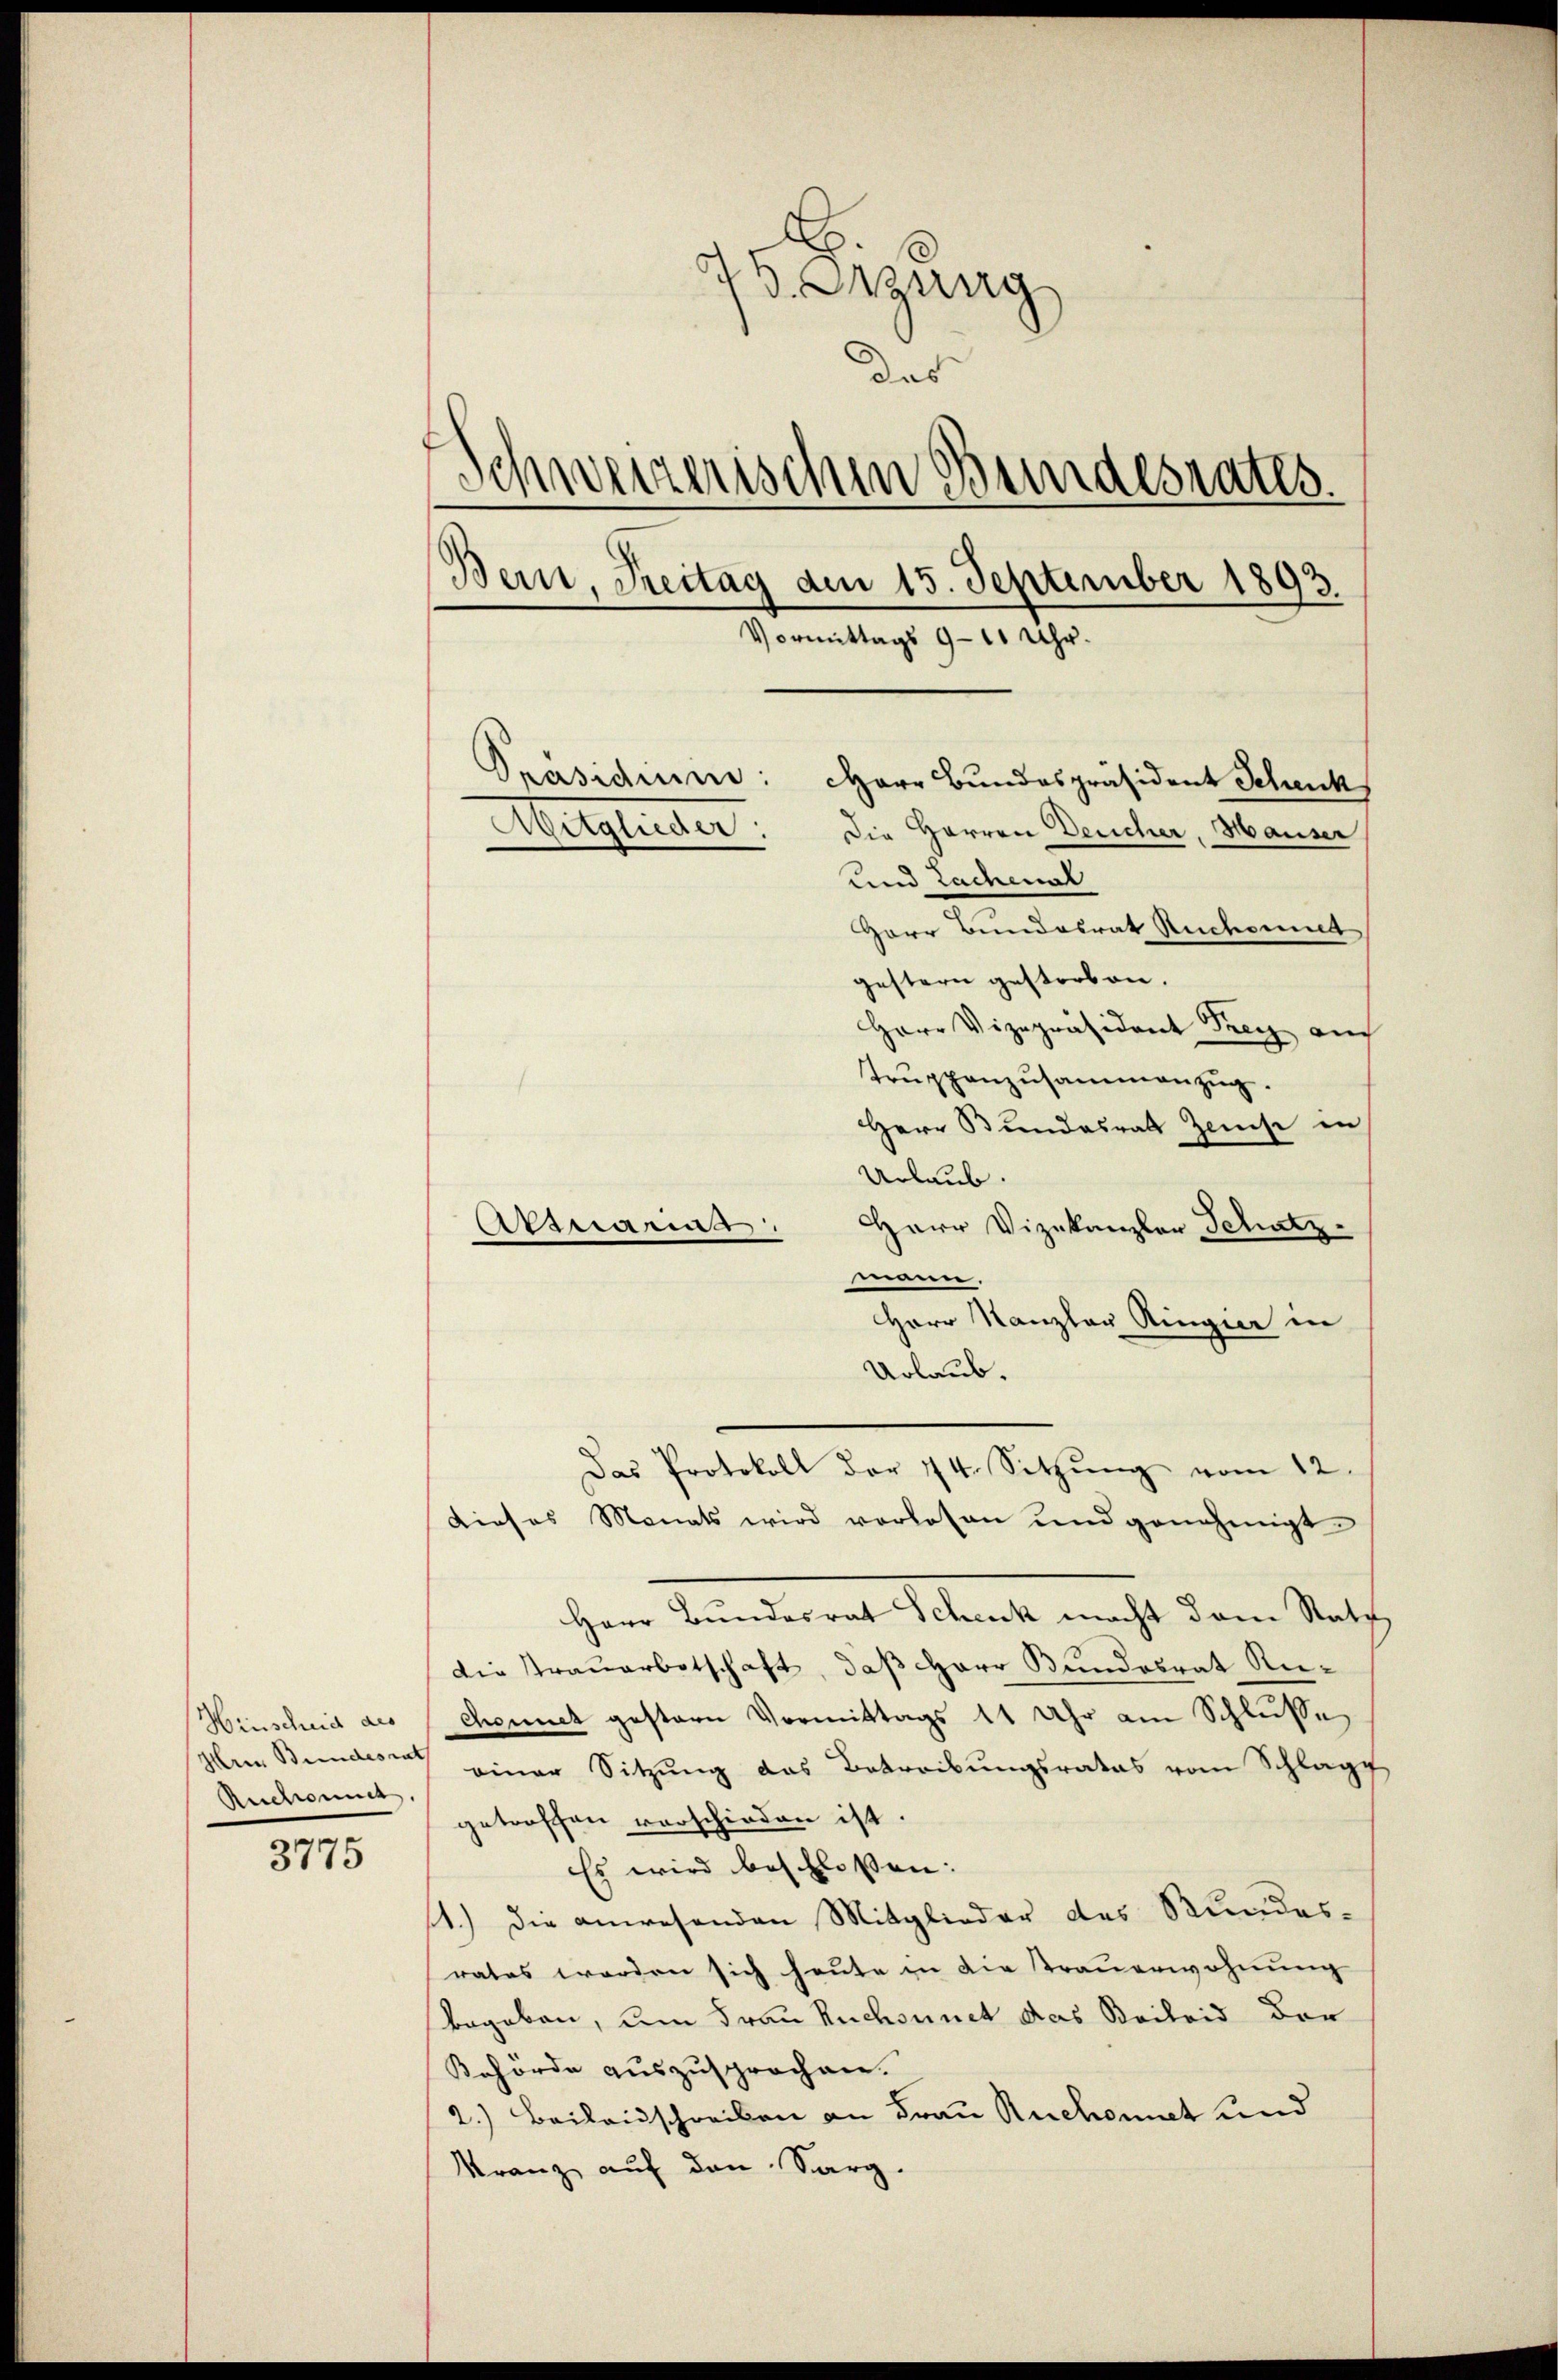
Hinscheid des
Ruchowit

3775

76. Errung
das
Schweizerischen Bundesrates.
Bern, Treitag am 15. September 1893.
Vormittags 9-10 Uhr.
Präsidium: HHerr Bundespräsident Schenk
etgleiter
Die Herren Deucher, Hauser

und Lachenal
Herr Bundesrat Ruchound
gestern gestorben.
Herr Vizepräsident Frey auch
Trŭppenzusammenzug.
Herr Bundesrath Zeiche in
Urlaub.
Herr Vizekanzler Schatz-
Atmanns
mann.
Herr Kanzler Ringier in
Urlaub.
Das Protokoll der 44. Sitzŭng vom 12.
dieses Monats wird vorlesen und genehmigt.
Herr Bundesrat Schenk macht dem Rath
Die Trauarbotschaft, daß Herr Bundesrat Anchonnet gestern Vormittags 11 Uhr am Schlusse
hler Bundes einer Sitzŭng das Betreibŭngsrates vom Schlage
getroffen verschieden ist.
Es wird beschlossen:
11.) Die anwesenden Mitglieder des Stundes-
rates werden sich heute in die Trauerwohnung
begeben, um Frau Ruchsunct das Beileid der
Behörde auszusprochen.
2.) Beilandschreiben an Frau Ruchonet und
Franz auf den Sarg.